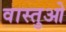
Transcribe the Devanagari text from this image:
वास्तुओ